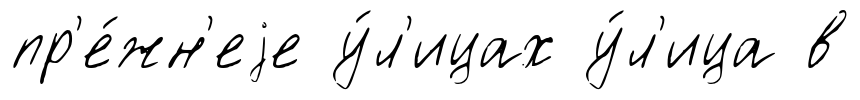
пр'е́жн'еjе у́л'ицах у́л'ица в